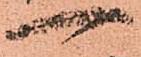
一